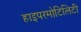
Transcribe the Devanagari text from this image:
हाइपरमोटिलिटी